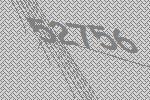
52756